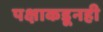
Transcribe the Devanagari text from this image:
पक्षाकडूनही